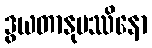
ဒွယတာနုပဿိနော